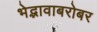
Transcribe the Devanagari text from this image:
भेद्भावाबरोबर